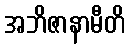
အဘိဇာနာမီတိ